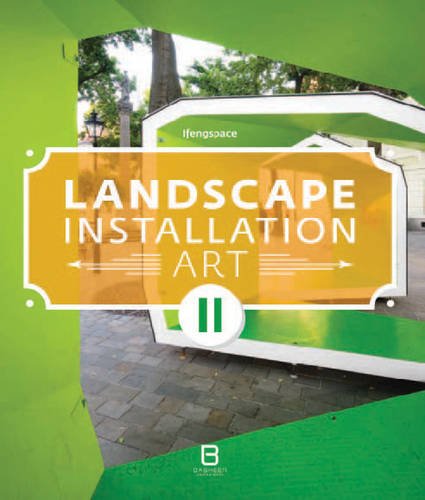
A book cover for Landscape Installation Art; Ifengspage; Arts & Photography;